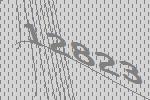
12823